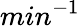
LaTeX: min^{-1}